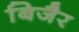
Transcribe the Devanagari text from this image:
बिजैर